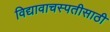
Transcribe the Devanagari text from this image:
विद्यावाचस्पतीसाठी